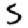
Digit: 5